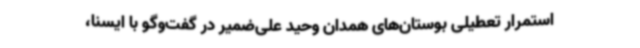
استمرار تعطیلی بوستان‌های همدان وحید علی‌ضمیر در گفت‌وگو با ایسنا،